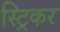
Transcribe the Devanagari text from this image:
स्ट्रिकर